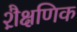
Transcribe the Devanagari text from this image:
शै़क्षणिक